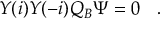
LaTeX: Y ( i ) Y ( - i ) Q _ { B } \Psi = 0 \left. \right. \ .